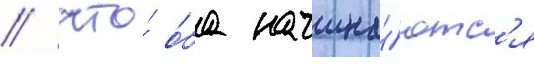
/ что́ о́ба начина́ютс'я